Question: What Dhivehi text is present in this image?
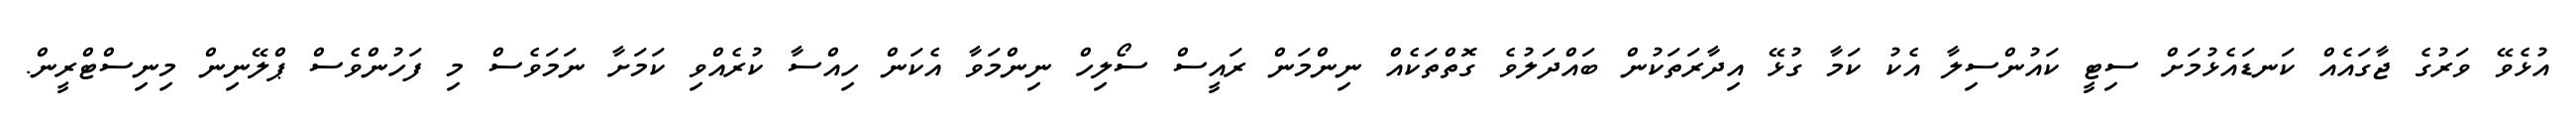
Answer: އުޅެވޭ ވަރުގެ ޖާގައެއް ކަނޑައެޅުމަށް ސިޓީ ކައުންސިލާ އެކު ކަމާ ގުޅޭ އިދާރަތަކުން ބައްދަލުވެ ގޮތްތަކެއް ނިންމަން ރައީސް ސޯލިހް ނިންމަވާ އެކަން ހިއްސާ ކުރެއްވި ކަމަށާ ނަމަވެސް މި ފަހުންވެސް ޕްލޭނިން މިނިސްޓްރީން.